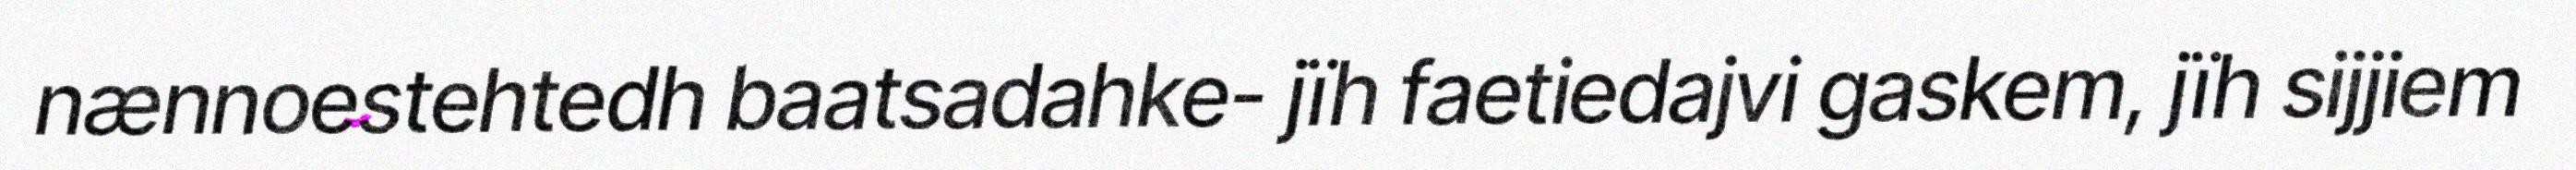
nænnoestehtedh baatsadahke- jïh faetiedajvi gaskem, jïh sijjiem